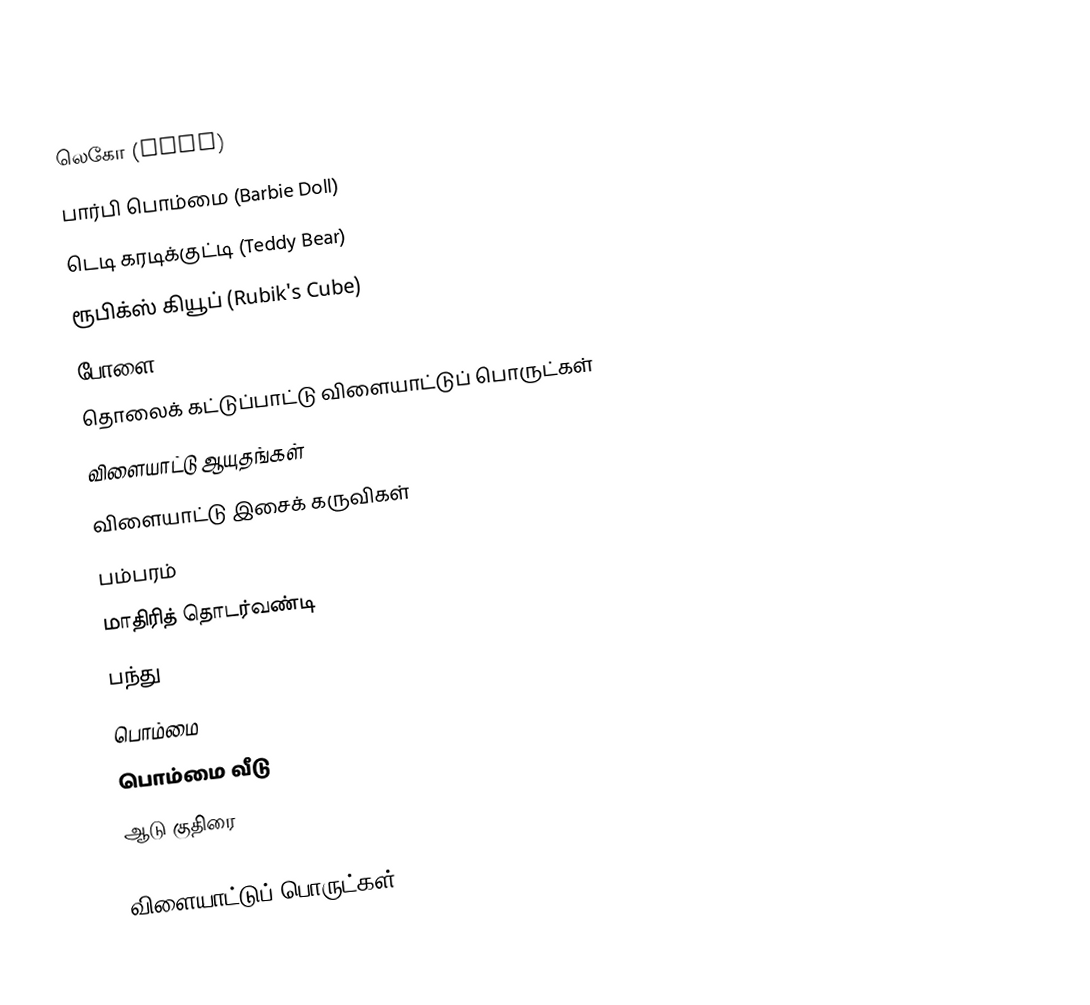
லெகோ (LEGO)
 பார்பி பொம்மை (Barbie Doll)
 டெடி கரடிக்குட்டி (Teddy Bear)
 ரூபிக்ஸ் கியூப் (Rubik's Cube)
போளை (Marbles)
 தொலைக் கட்டுப்பாட்டு விளையாட்டுப் பொருட்கள்
 விளையாட்டு ஆயுதங்கள்
 விளையாட்டு இசைக் கருவிகள்
 பம்பரம்
 மாதிரித் தொடர்வண்டி
 பந்து
 பொம்மை
 பொம்மை வீடு
 ஆடு குதிரை

விளையாட்டுப் பொருட்கள்